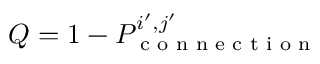
Q = 1 - P _ { \textrm { c o n n e c t i o n } } ^ { i ^ { \prime } , j ^ { \prime } }